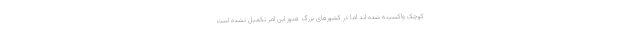
کوچک واکسینه شده اند اما در کشورهای بزرگ هنوز این امر تکمیل نشده است